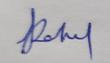
Signature authenticity: genuine